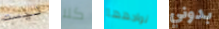
ليست كلا نواجهها بدوني